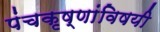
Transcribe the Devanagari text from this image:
पंचकृष्णांविषयी